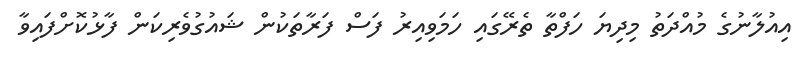
އިއުލާނުގެ މުއްދަތު މިދިޔަ ހަފްތާ ތެރޭގައި ހަމަވިިއިރު ފަސް ފަރާތަކުން ޝައުގުވެރިކަން ފާޅުކޮށްފައިވާ